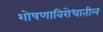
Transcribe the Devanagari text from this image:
शोषणाविरोधातील